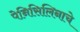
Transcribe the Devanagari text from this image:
पेनिसिलिनाचे